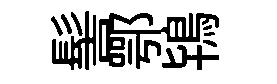
髻鄂鴇